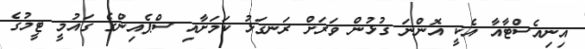
އިނިއެސްޓާއާ އެކީ އޮންނަ ގުޅުން ވަރަށް ރަނގަޅު ކަމަށާއި ސްޕެއިންގެ ގައުމީ ޓީމުގެ